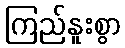
ကြည်နူးစွာ